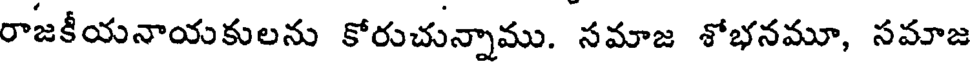
రాజకీయనాయకులను కోరుచున్నాము. నమాజ శోభనమూ, సమాజ